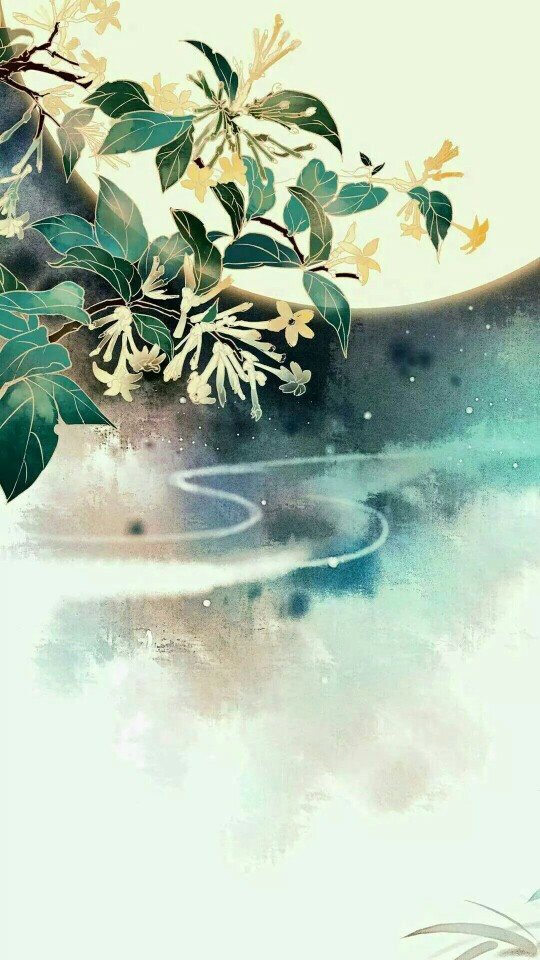
梨花院落溶溶月，柳絮池塘淡淡风。